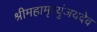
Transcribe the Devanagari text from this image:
श्रीमहामृत्युंजयदेव